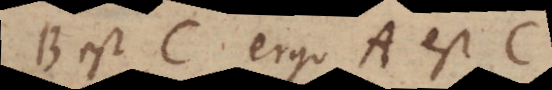
B est C ergo A est C,